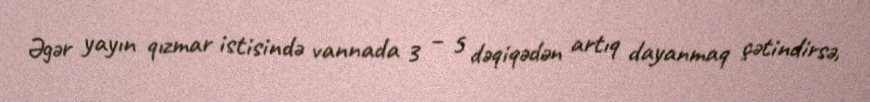
Əgər yayın qızmar istisində vannada 3 – 5 dəqiqədən artıq dayanmaq çətindirsə,